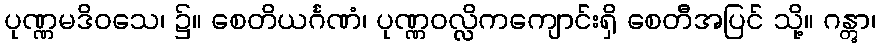
ပုဏ္ဏမဒိဝသေ၊ ၌။ စေတိယင်္ဂဏံ၊ ပုဏ္ဏဝလ္လိကကျောင်းရှိ စေတီအပြင် သို့။ ဂန္တွာ၊